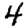
Digit: 4